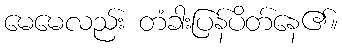
မေမေလည်း တံခါးပြန်ပိတ်နေ၏။